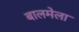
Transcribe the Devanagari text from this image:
बालमेला